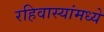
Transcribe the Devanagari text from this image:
रहिवास्यांमध्ये